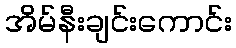
အိမ်နီးချင်းကောင်း